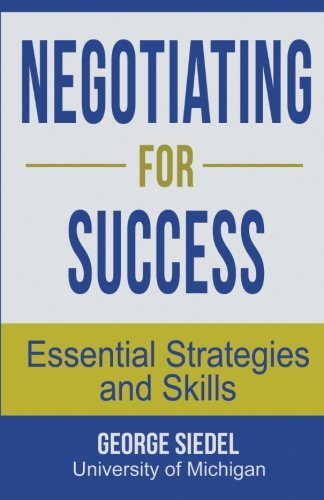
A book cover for Negotiating for Success: Essential Strategies and Skills; George Siedel; Business & Money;